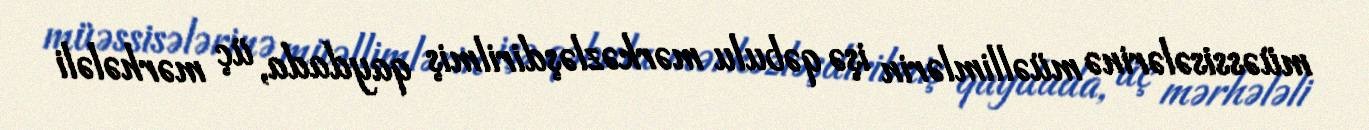
müəssisələrinə müəllimlərin işə qəbulu mərkəzləşdirilmiş qaydada, üç mərhələli